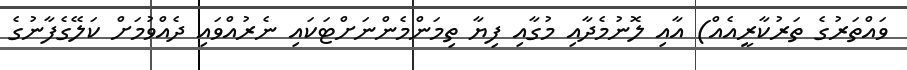
ވައްތަރުގެ ތަރުކާރީއެއް) އާއި ލޮނުމެދާއި މުގާއި ފިޔާ ތިމަންމެންނަށްޓަކައި ނެރުއްވައި ދެއްވުމަށް ކަލޭގެފާނުގެ